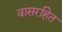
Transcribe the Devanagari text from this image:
वासरहित